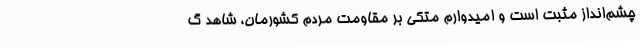
چشم‌انداز مثبت است و امیدوارم متکی بر مقاومت مردم کشورمان، شاهد گ